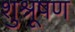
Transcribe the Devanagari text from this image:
शुश्रूषण